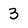
Character: 3